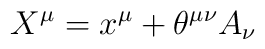
X^{\mu} = x^{\mu} + \theta^{\mu \nu} A_{\nu}